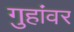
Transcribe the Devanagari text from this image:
गुहांवर